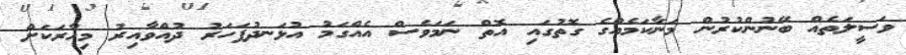
ވަސީލަތެއް ބޭނުންކުރުން މަނާކަމެއްގެ ގޮތުގައި އޮތް ނަމަވެސް އެއްގަމު އުޅަނދުފަހަރު ދުއްވާއިރު މިހާރަކަށް